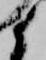
候